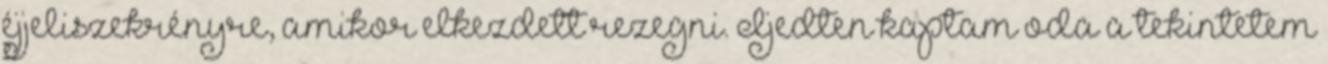
éjjeliszekrényre, amikor elkezdett rezegni. Ijedten kaptam oda a tekintetem